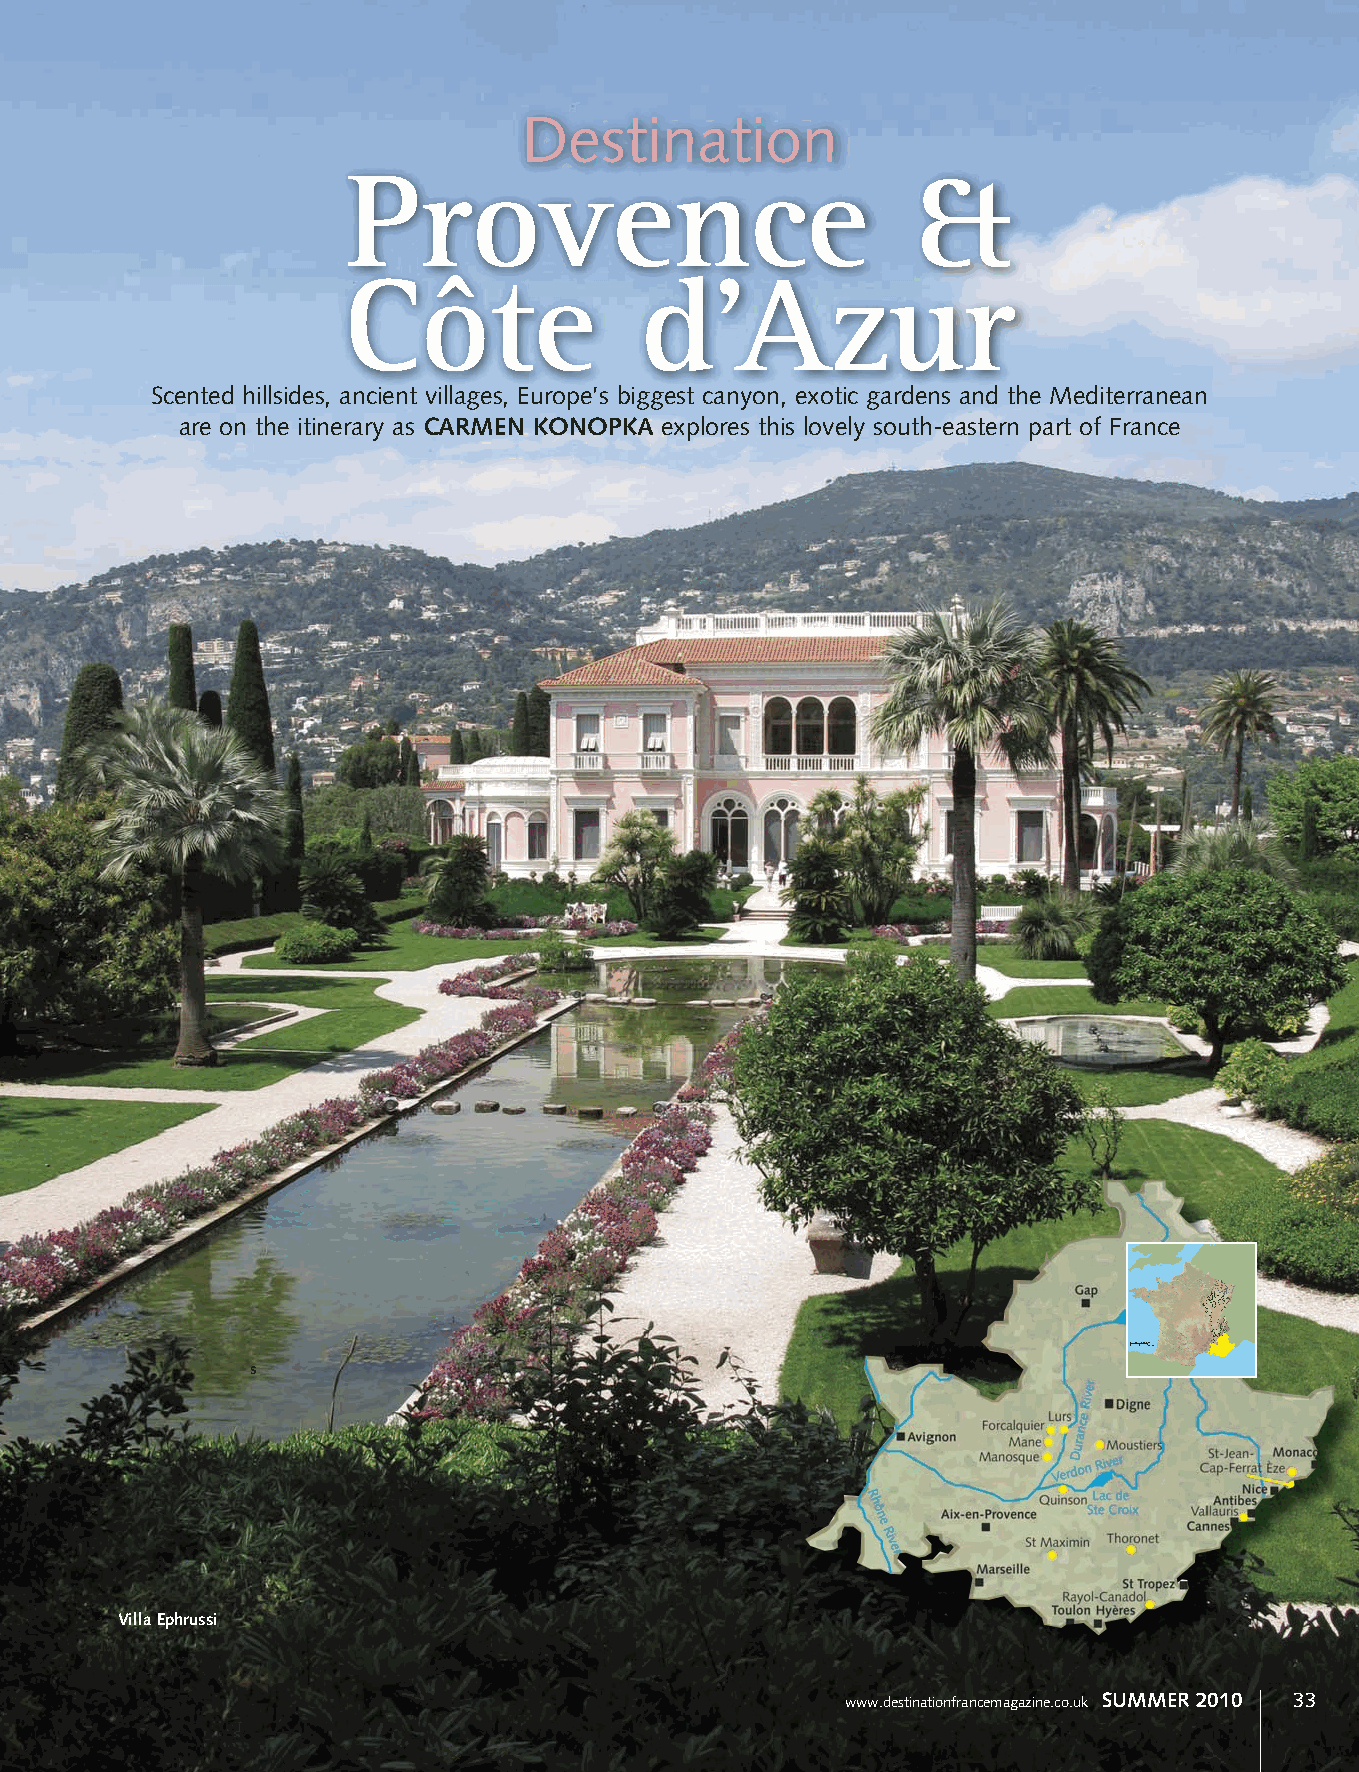
Destination
 Provence                             &
 Côte               d’Azur
 Scented hillsides, ancient villages, Europe’s biggest canyon, exotic gardens and the Mediterranean
 are on the itinerary as CARMEN KONOPKA explores this lovely south-eastern part of France
 005050100 Kilome1te0r0s miles
 s
 Villa Ephrussi
 www.destinationfrancemagazine.co.uk SUMMER 2010 33